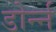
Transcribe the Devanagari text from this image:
डोर्न्न